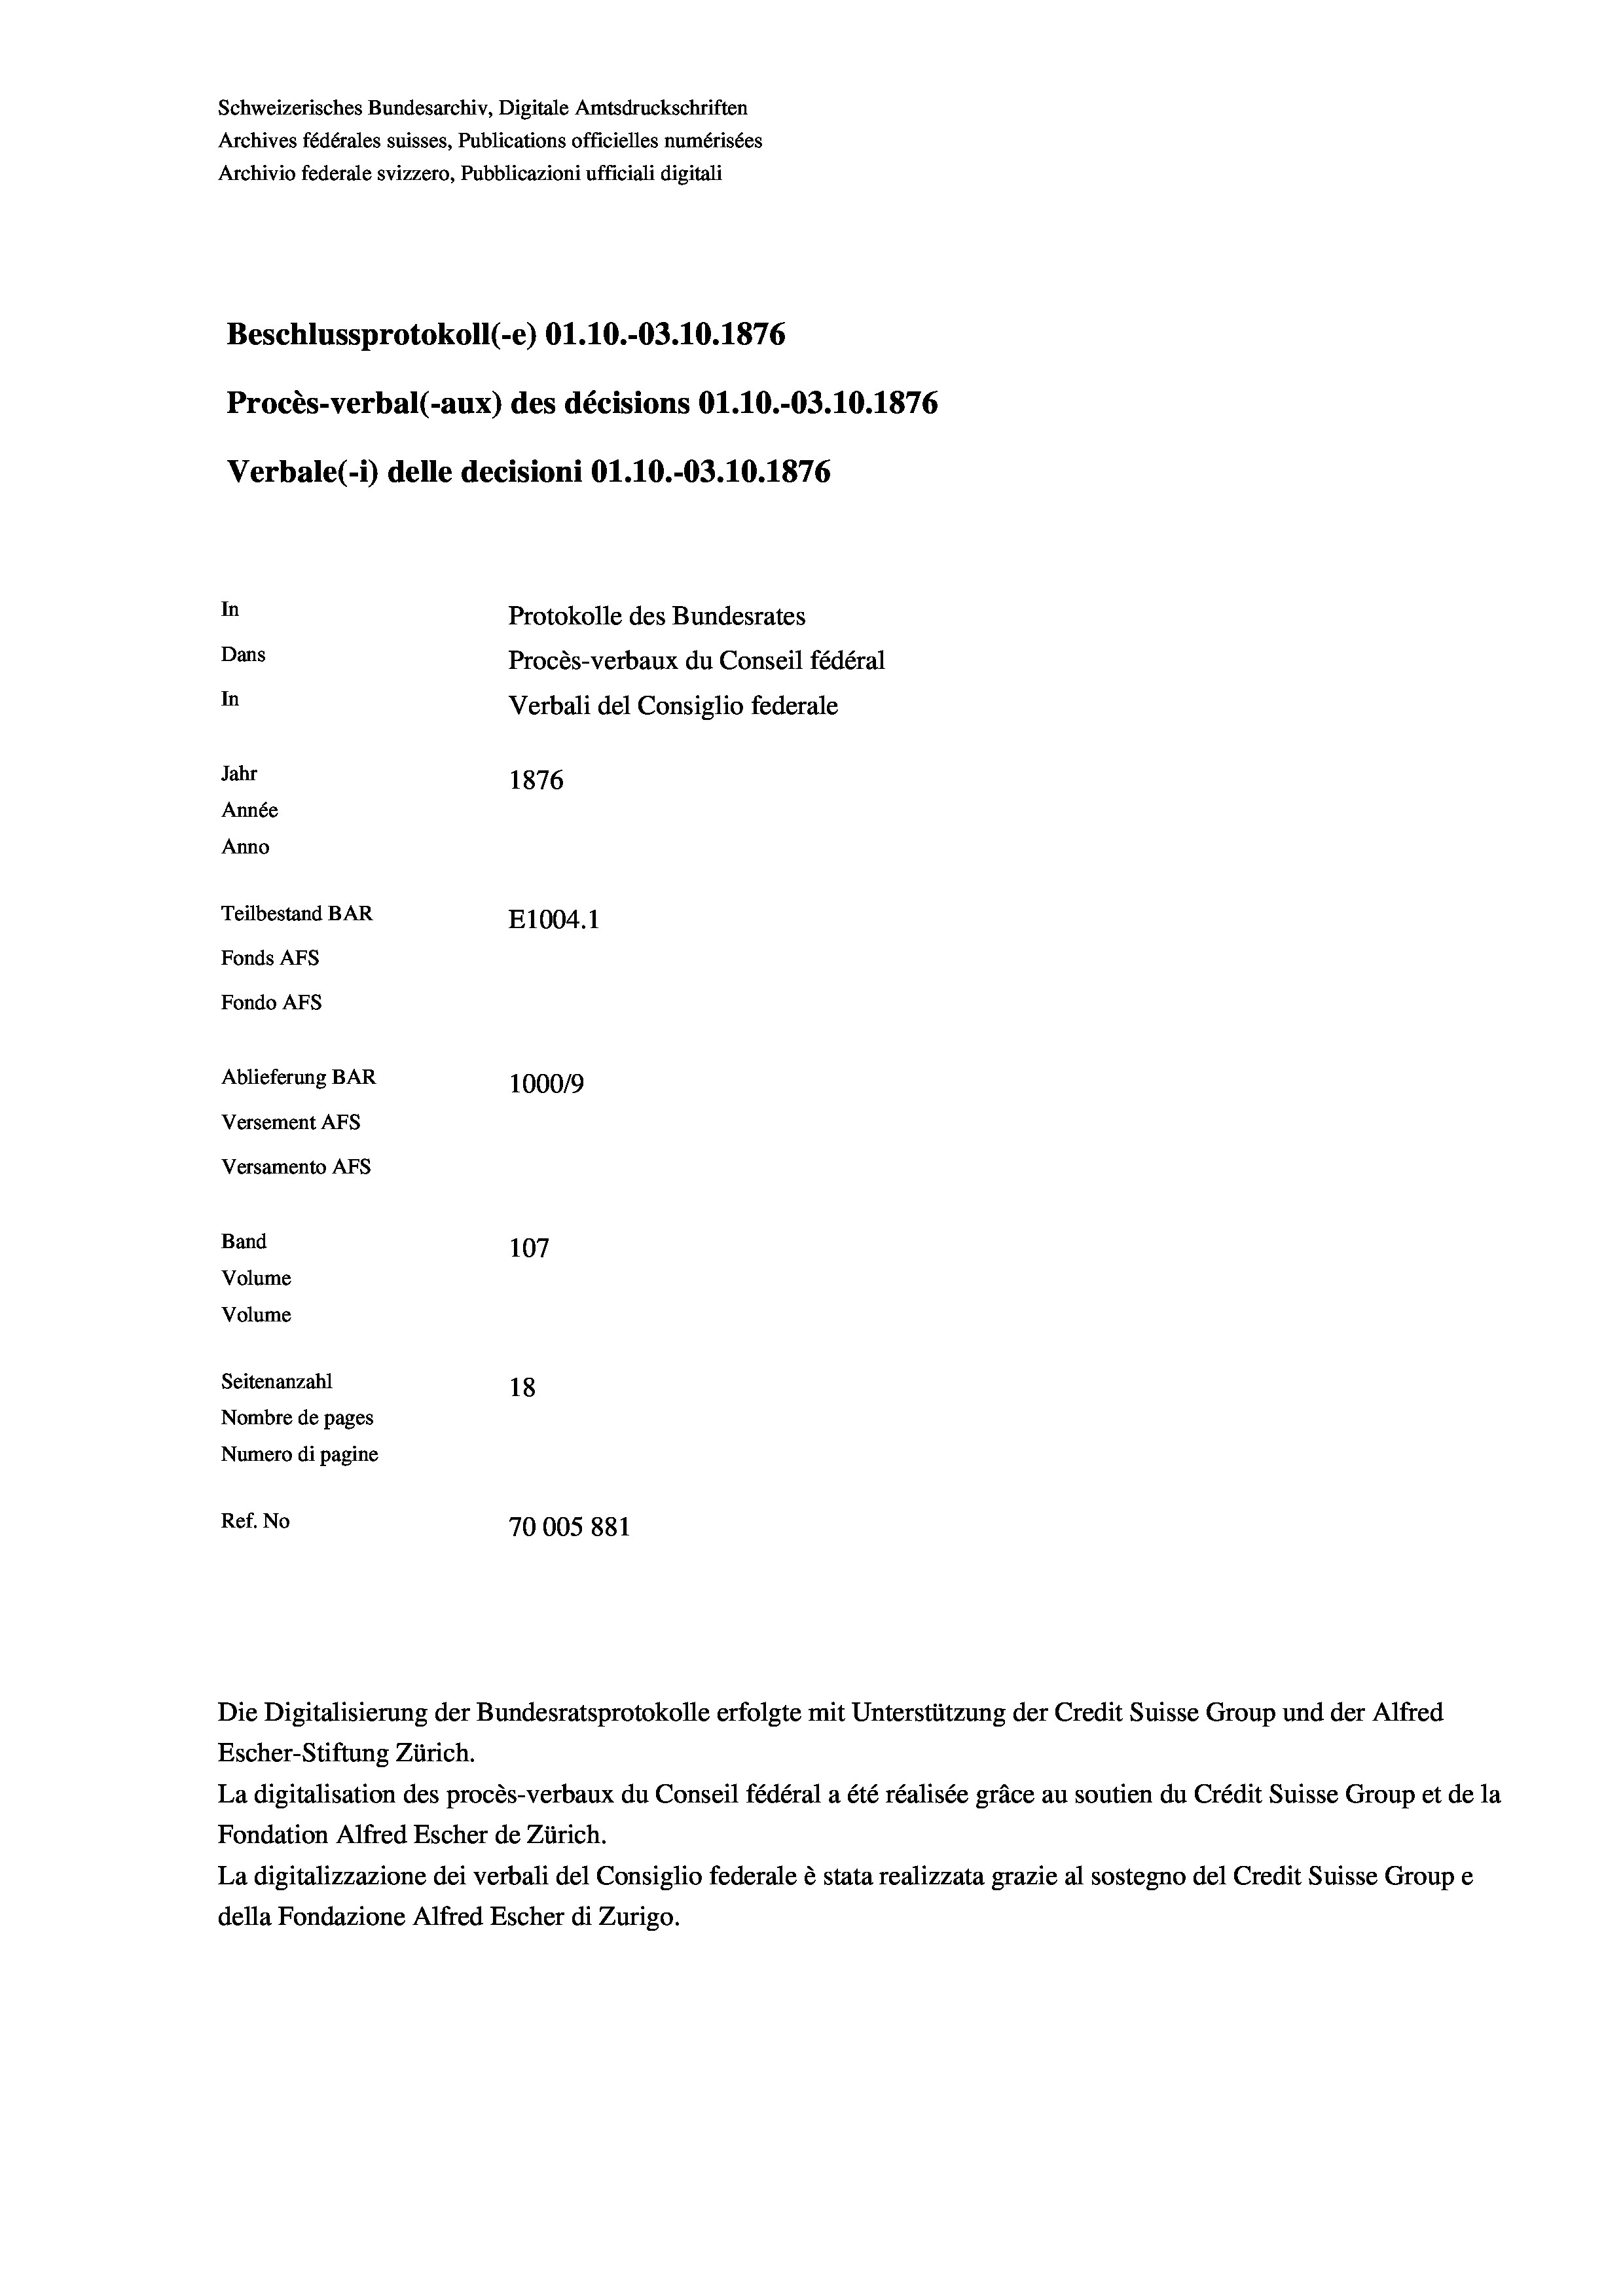
Schweizerisches Bundesarchiv, Digitale Amtsdruckschriften
Archives fédérales suisses, Publications officielles numérisées
Archivio federale svizzero, Pubblicazioni ufficiali digitali
Beschlussprotokoll (-e) O1.10.-03.10.1876
Procès-verbal (-aux) des décisions O1.10.-03.10.1876
Verbale(*) delle decisioni Ol.10.-03.10.1876
In
Protokolle des Bundesrates
Dans
Procès-verbaux du Conseil fédéral
In
Verbali del Consiglio federale
Jahr
1876
Année
Anno
Teilbestand BAR
E1004. 1
Fonds AFs
Fondo Afs
Ablieferung BAR
100019
Versement AFs
Versamento AFS
Band
107
Volume
Volume
Seitenanzahl
18
Nombre de pages
Numero di pagine
Ref. No
70005 881

Escher-Stiftung Zürich.
La digitalisation des procès-verbaux du Conseil fédéral a été réalisée gräce au soutien du Crédit Suisse Group et de la
Fondation Alfred Escher de Zürich.
La digitalizzazione dei verbali del Consiglio federale è stata realizzata grazie al sostegno del Credit Suisse Groupe
della Fondazione Alfred Escher di Zurigo.

Die Digitalisierung der Bundesratsprotokolle erfolgte mit Unterstützung der Credit Suisse Group und der Alfred